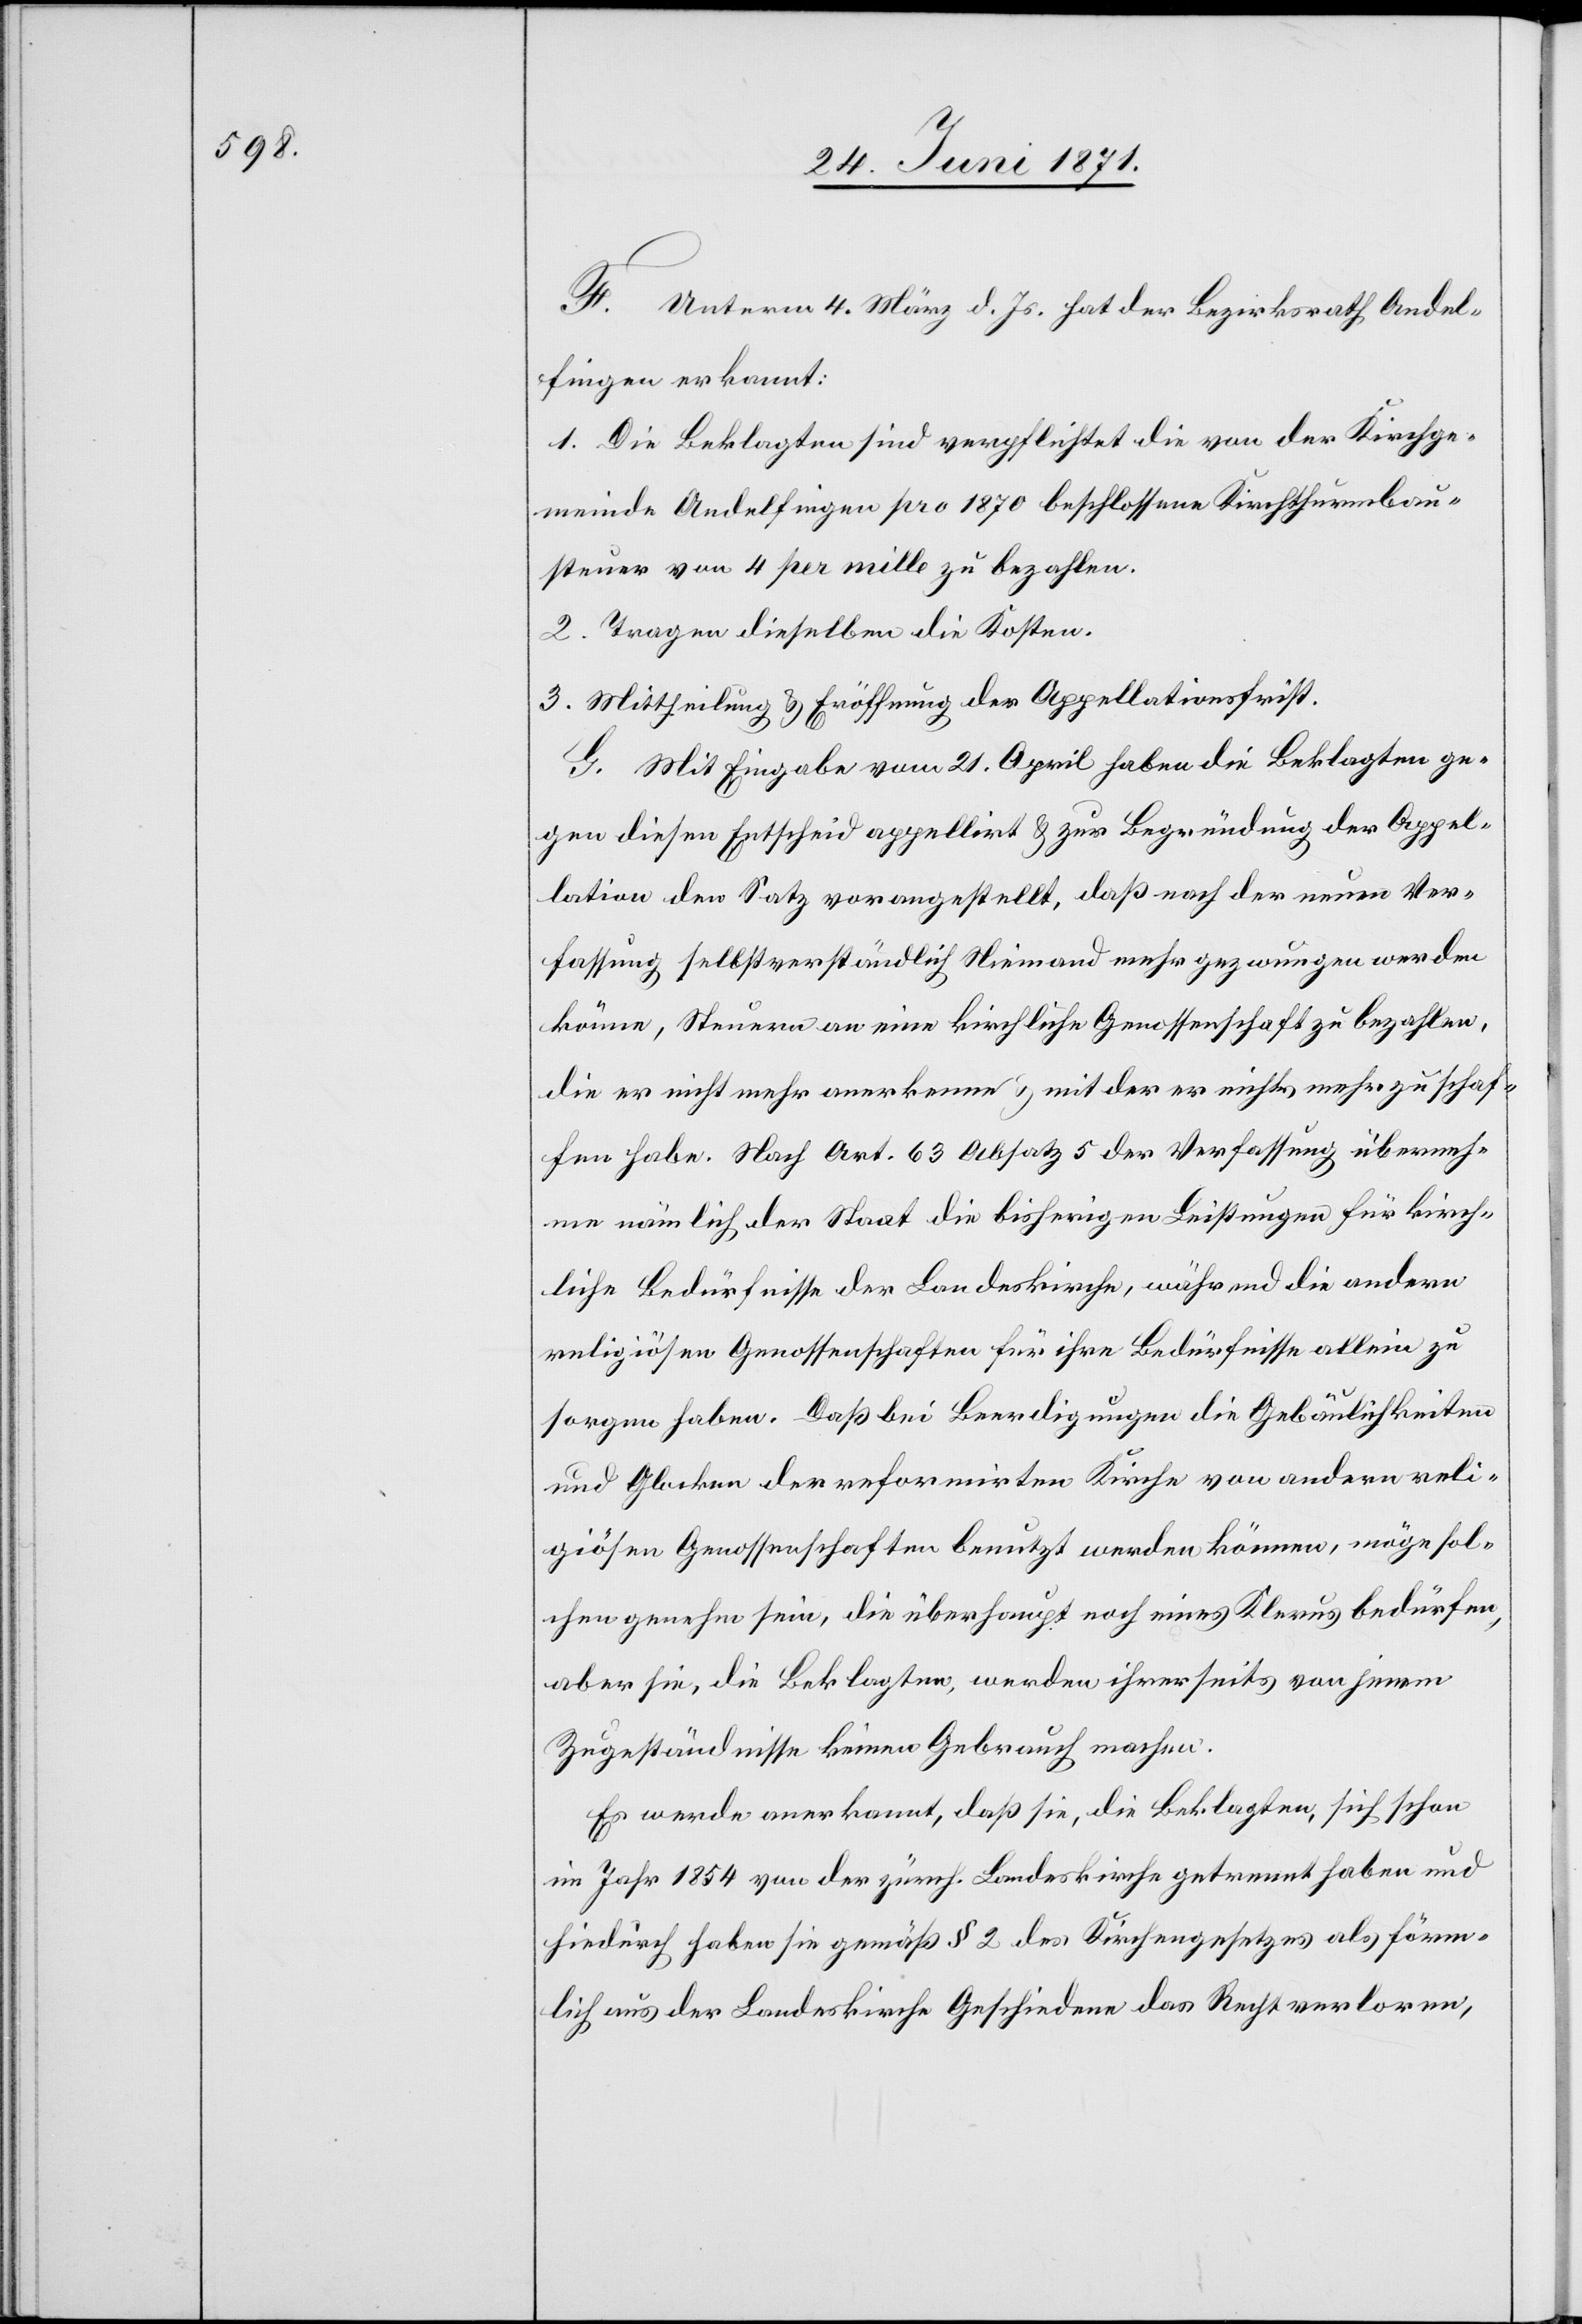
F. Unterm 4. März d. Js. hat der Bezirksrath Andel¬
fingen erkannt:
1. Die Beklagten sind verpflichtet die von der Kirchge¬
meinde Andelfingen pro 1870 beschlossene Kirchthurmbau¬
steuer von 4 per mille zu bezahlen.
2. Tragen dieselben die Kosten.
3. Mittheilung u. Eröffnung der Appellationsfrist.
G. Mit Eingabe vom 21. April haben die Beklagten ge¬
gen diesen Entscheid appellirt u. zur Begründung der Appel¬
lation den Satz vorangestellt, daß nach der neuen Ver¬
fassung selbstverständlich Niemand mehr gezwungen werden
könne, Steuern an eine kirchliche Genossenschaft zu bezahlen,
die er nicht mehr anerkenne u. mit der er nichts mehr zu schaf¬
fen habe. Nach Art. 63 Absatz 5 der Verfassung überneh¬
me nämlich der Staat die bisherigen Leistungen für kirch¬
liche Bedürfnisse der Landeskirche, während die andern
religiösen Genossenschaften für ihre Bedürfnisse allein zu
sorgen haben. Daß bei Beerdigungen die Gebäulichkeiten
und Glocken der reformirten Kirche von andern reli¬
giösen Genossenschaften benutzt werden können, möge sol¬
chen genehm sein, die überhaupt noch eines Klerus bedürfen,
aber sie, die Beklagten, werden ihrerseits von jenem
Zugeständnisse keinen Gebrauch machen.
Es werde anerkannt, daß sie, die Beklagten, sich schon
im Jahr 1854 von der zürch. Landeskirche getrennt haben und
hiedurch haben sie gemäß § 2 des Kirchengesetzes als förm¬
lich aus der Landeskirche Geschiedene das Recht verloren,